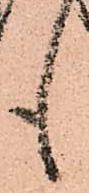
も